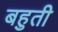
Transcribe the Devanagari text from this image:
बहुती